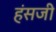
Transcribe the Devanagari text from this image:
हंसजी